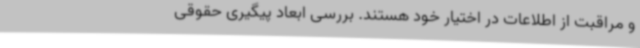
و مراقبت از اطلاعات در اختیار خود هستند. بررسی ابعاد پیگیری حقوقی